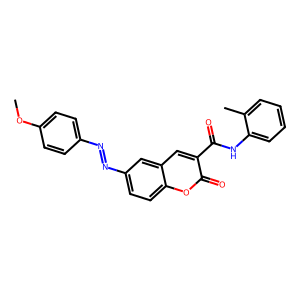
SMILES: COc1ccc(N=Nc2ccc3oc(=O)c(C(=O)Nc4ccccc4C)cc3c2)cc1
Inhibits HIV replication: No